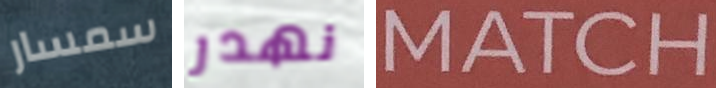
سمسار نهدر MATCH